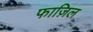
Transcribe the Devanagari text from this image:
फाज़िल